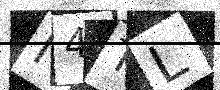
Text: I4TL